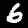
Label: 6